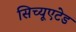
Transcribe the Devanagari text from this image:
सिच्यूएटेड